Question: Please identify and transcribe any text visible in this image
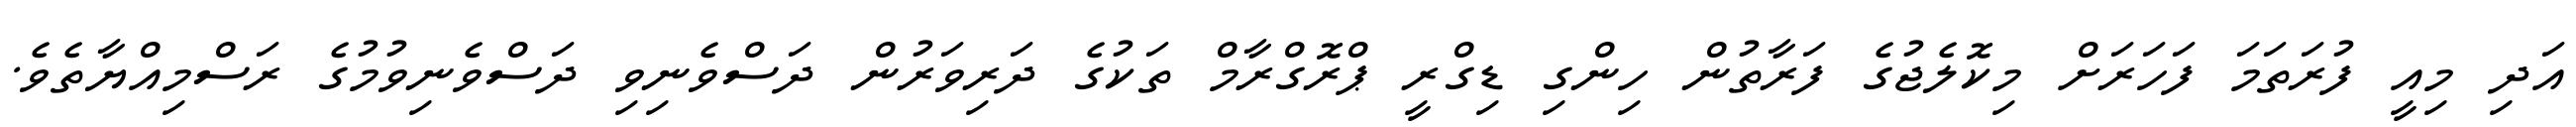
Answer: އަދި މިއީ ފުރަތަމަ ފަހަރަށް މިކޮލެޖުގެ ފަރާތުން ހިންގި ޑިގްރީ ޕްރޮގްރާމް ތަކުގެ ދަރިވަރުން ދަސްވެނިވި ދަސްވެނިވުމުގެ ރަސްމިއްޔާތެވެ.